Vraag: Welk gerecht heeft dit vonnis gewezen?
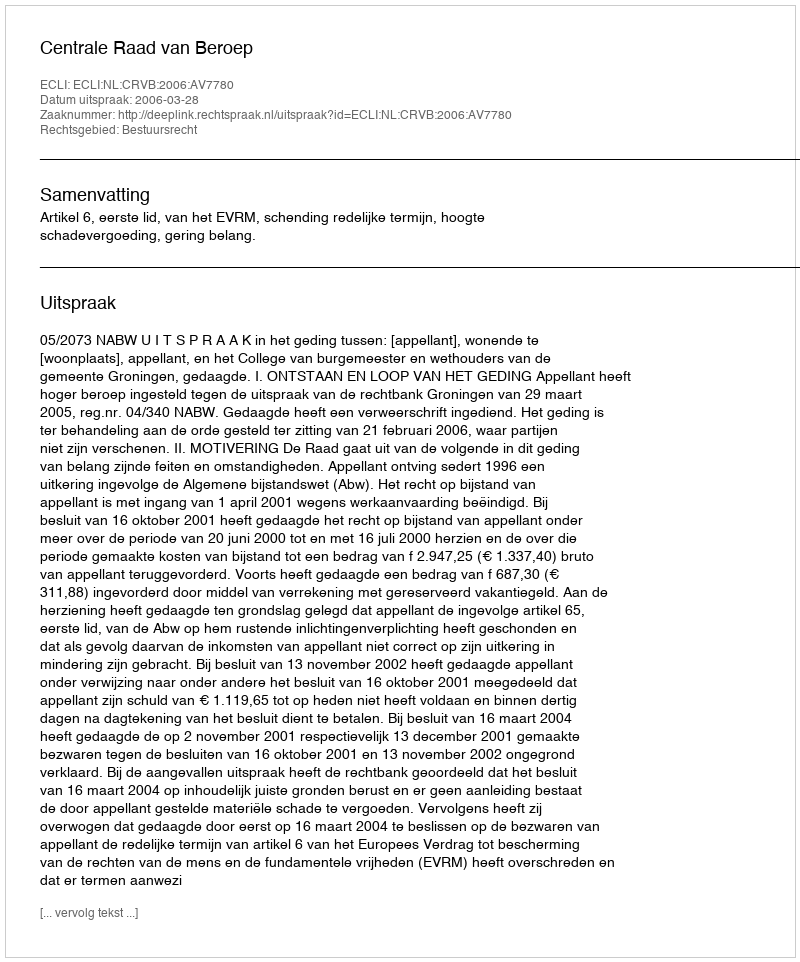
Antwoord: Centrale Raad van Beroep